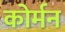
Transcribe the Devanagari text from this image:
कोर्मन